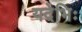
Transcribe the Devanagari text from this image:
यदेभिः